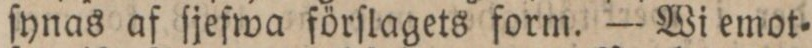
ſynas af ſjefwa förſlagets form. — Wi emot=